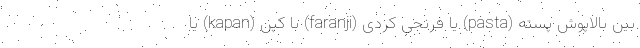
بین بالاپوش پسته (pasta) یا فرنجی کردی (faranji) با کپن (kapan) یا